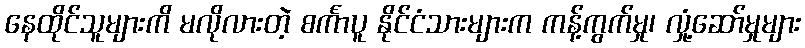
နေထိုင်သူများကိ မလိုလားတဲ့ စင်္ကာပူ နိုင်ငံသားများက ကန့်ကွက်မှု၊ လှုံ့ဆော်မှုများ